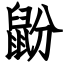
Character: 鼢